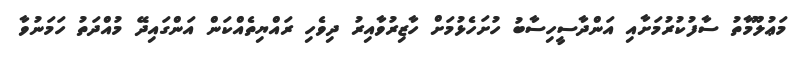
މަޢުލޫމާތު ސާފުކުރުމަށާއި އަންދާސީހިސާބު ހުށަހެޅުމަށް ހާޒިރުވާއިރު ދިވެހި ރައްޔިތެއްކަން އަންގައިދޭ މުއްދަތު ހަމަނުވާ